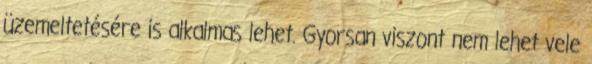
üzemeltetésére is alkalmas lehet. Gyorsan viszont nem lehet vele